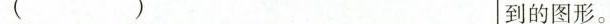
( ) 到的图形。